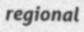
regional